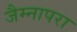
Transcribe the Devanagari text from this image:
जैम्नापरा